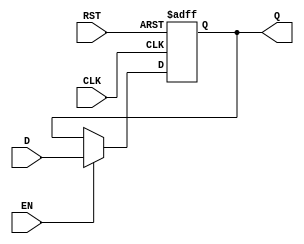
module ForwardingRegister (
    input wire [31:0] D,        // Current Data Input
    input wire EN,              // Forward Enable Signal
    input wire CLK,             // Clock Signal
    input wire RST,             // Reset Signal
    output reg [31:0] Q         // Forwarded Data Output
);

// Asynchronous reset logic
always @(posedge CLK or posedge RST) begin
    if (RST) begin
        Q <= 32'b0;             // Clear output to zero on reset
    end else if (EN) begin
        Q <= D;                 // Store input D on clock edge if EN is high
    end
    // If EN is low, retain previous value of Q
end

endmodule